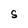
Character: S